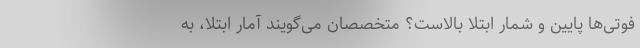
فوتی‌ها پایین و شمار ابتلا بالاست؟ متخصصان می‌گویند آمار ابتلا، به‌